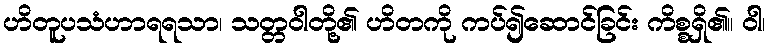
ဟိတူပသံဟာရရသာ၊ သတ္တဝါတို့၏ ဟိတကို ကပ်၍ဆောင်ခြင်း ကိစ္စရှိ၏။ ဝါ၊